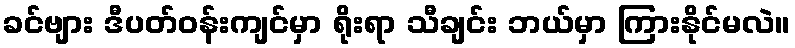
ခင်ဗျား ဒီပတ်ဝန်းကျင်မှာ ရိုးရာ သီချင်း ဘယ်မှာ ကြားနိုင်မလဲ။